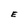
Character: E